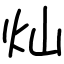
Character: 灿